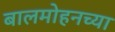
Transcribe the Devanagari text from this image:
बालमोहनच्या